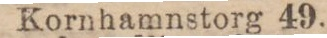
Kornhamnstorg 49.